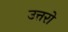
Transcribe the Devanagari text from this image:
उत्तरो